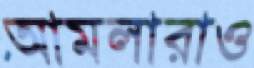
আমলারাও